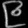
Digit: ၉